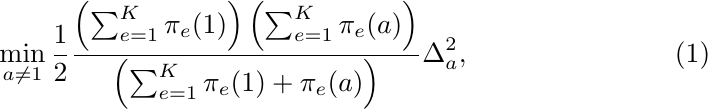
\begin{align}
\min_{a \ne 1} \frac{1}{2} \frac{ \left( \sum_{e=1}^K \pi_e(1) \right) \left( \sum_{e=1}^K \pi_e(a) \right) }{\left( \sum_{e=1}^K \pi_e(1) + \pi_e(a)\right)} \Delta^2_a,
\end{align}